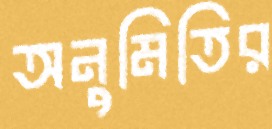
অনুমিতির